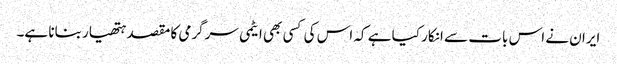
ایران نے اس بات سے انکار کیا ہے کہ اس کی کسی بھی ایٹمی سرگرمی کا مقصد ہتھیار بنانا ہے۔